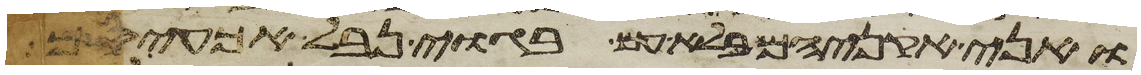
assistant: ואני אקניאם בלא עם בגוי נבל אכעיסם